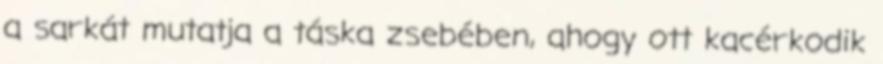
a sarkát mutatja a táska zsebében, ahogy ott kacérkodik